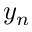
y _ { n }